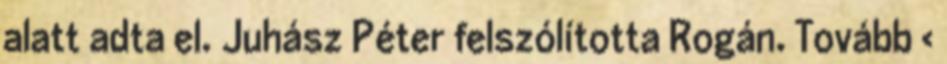
alatt adta el. Juhász Péter felszólította Rogán. Tovább ›